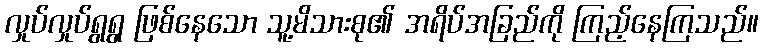
လှုပ်လှုပ်ရွရွ ဖြစ်နေသော သူ့မိသားစု၏ အရိပ်အခြည်ကို ကြည့်နေကြသည်။